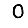
Digit: 0